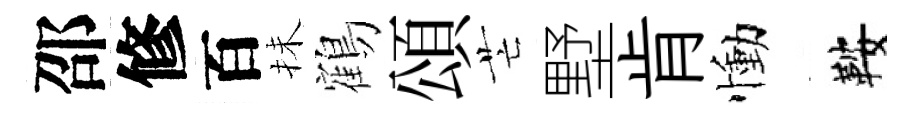
邵修百抺鶴頌芒墅肯慟鞍